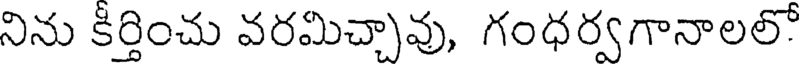
నిను కీర్తించు వరమిచ్చావు, గంధర్వగానాలలో